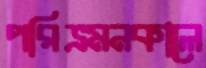
পরিভ্রমনকালে